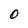
Character: O